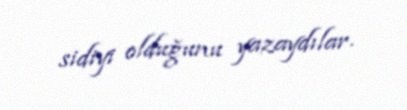
sidiyi olduğunu yazaydılar.